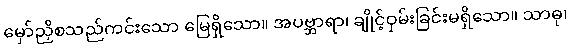
မှော်ညှိစသည်ကင်းသော မြေရှိသော။ အပဗ္ဘာရာ၊ ချိုင့်ဝှမ်းခြင်းမရှိသော။ သာဓု၊